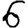
Digit: 6